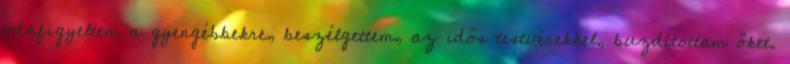
odafigyeltem a gyengébbekre, beszélgettem, az idős testvérekkel, buzdítottam őket.